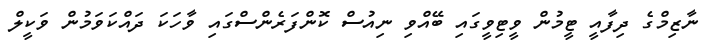
ނާޒިމްގެ ދިފާއީ ޓީމުން ވީޓިވީގައި ބޭއްވި ނިއުސް ކޮންފަރެންސްގައި ވާހަކަ ދައްކަވަމުން ވަކީލް